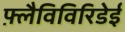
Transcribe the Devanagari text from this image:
फ़्लैविविरिडेई